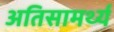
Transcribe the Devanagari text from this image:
अतिसामर्थ्य